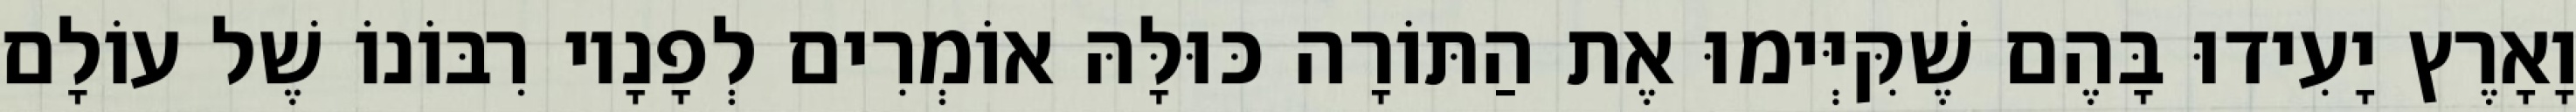
וָאָרֶץ יָעִידוּ בָּהֶם שֶׁקִּיְּימוּ אֶת הַתּוֹרָה כּוּלָּהּ אוֹמְרִים לְפָנָיו רִבּוֹנוֹ שֶׁל עוֹלָם